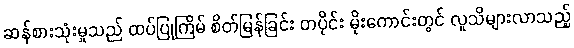
ဆန်စားသုံးမှုသည် ထပ်ပြုကြိမ် စိတ်မြန်ခြင်း တပိုင်း မိုးကောင်းတွင် လူသိများလာသည့်